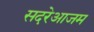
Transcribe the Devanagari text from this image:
सदरेआजम